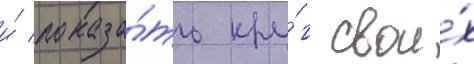
и́ показа́ть кру́г свои́х